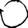
Digit: 0